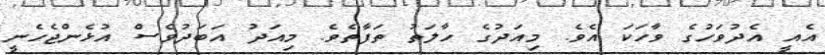
އެއީ އެދުވަހުގެ ވާހަކަ އެވެ. މިއަދުގެ ހާލަތު ތަފާތެވެ. މިއަދު އަބަދުވެސް އުޅެންޖެހެނީ